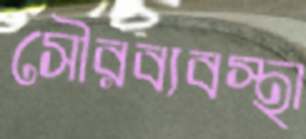
সৌরব্যবস্থা